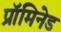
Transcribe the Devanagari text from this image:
प्रॉमिनेड